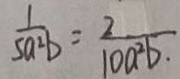
\frac { 1 } { 5 a ^ { 2 } b } = \frac { 2 } { 1 0 a ^ { 2 } b . }